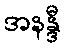
အနန္ဒီ